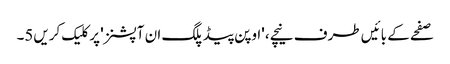
صفحے کے بائیں طرف نیچے، 'اوپن پیڈ پلگ ان آپشنز' پر کلیک کریں5۔